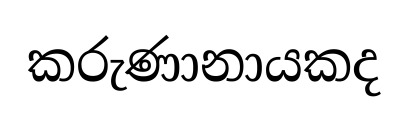
කරුණානායකද